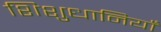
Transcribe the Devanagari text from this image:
शिशुधानियाँ